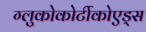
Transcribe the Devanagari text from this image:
ग्लुकोकोर्टीकोएड्स